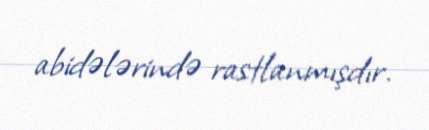
abidələrində rastlanmışdır.